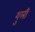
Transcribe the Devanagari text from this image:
शुली